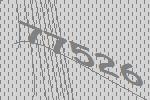
77526